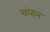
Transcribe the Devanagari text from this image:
चंघान